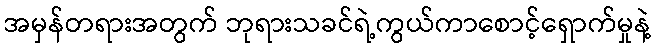
အမှန်တရားအတွက် ဘုရားသခင်ရဲ့ကွယ်ကာစောင့်ရှောက်မှုနဲ့